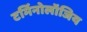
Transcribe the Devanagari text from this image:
टर्मिनोलॉजिय